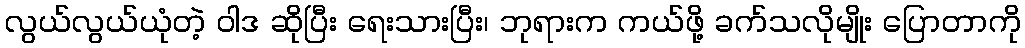
လွယ်လွယ်ယုံတဲ့ ဝါဒ ဆိုပြီး ရေးသားပြီး၊ ဘုရားက ကယ်ဖို့ ခက်သလိုမျိုး ပြောတာကို